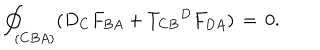
{ \oint } _ { ( C B A ) } ( D _ { C } F _ { B A } + { { T _ { C B } } ^ { D } } F _ { D A } ) \, = \, 0 .